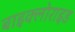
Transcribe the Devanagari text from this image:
बाइक्लोराइड